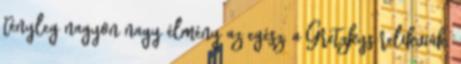
tényleg nagyon nagy élmény az egész, a Gretzkys relikviák,